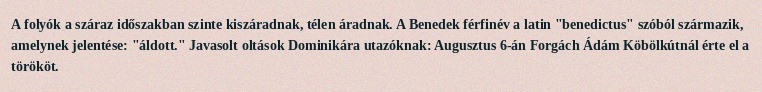
A folyók a száraz időszakban szinte kiszáradnak, télen áradnak. A Benedek férfinév a latin "benedictus" szóból származik, amelynek jelentése: "áldott." Javasolt oltások Dominikára utazóknak: Augusztus 6-án Forgách Ádám Köbölkútnál érte el a törököt.